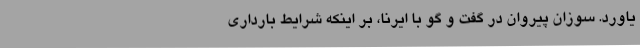
یاورد. سوزان پیروان در گفت و گو با ایرنا، بر اینکه شرایط بارداری